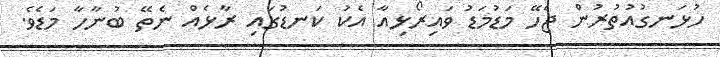
ހުޅަނގުއުތުރުން ޖެހޭ މަޑުމަޑު ވައިރޯޅިއާ އެކު ކަނޑުގައި ރާޅެއް ނެތޭ ބުނާހާ މަޑެވެ.